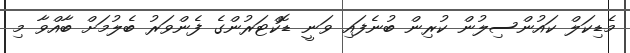
މެޑިކަލް ކައުންސިލުން ކުރިން ބުނެފައި ވަނީ ޑޮކްޓަރުންގެ ފެންވަރު ބެލުމަށް ބާއްވާ މި